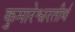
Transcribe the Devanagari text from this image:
कुमारेश्वरतीर्थ